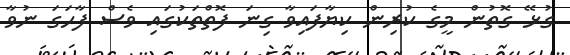
ގުޅޭ ގޮތުން މީގެ ކުރިން ކިޔާފައިވާ ގިނަ ފޮތްތަކުގައި ވެސް ފާހަގަ ނުވާ